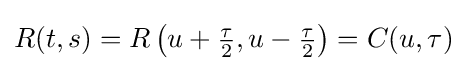
R(t,s)=R\left(u+{\tfrac {\tau }{2}},u-{\tfrac {\tau }{2}}\right)=C(u,\tau )